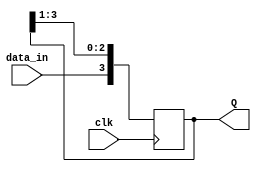
module SIPO_reg(
    input data_in,
    input clk,
    output reg [3:0]Q
    );
	always@(posedge clk)
	begin
		Q[3]<=data_in;
		Q[2]<=Q[3];
		Q[1]<=Q[2];
		Q[0]<=Q[1];	
	end
endmodule